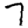
Digit: 7